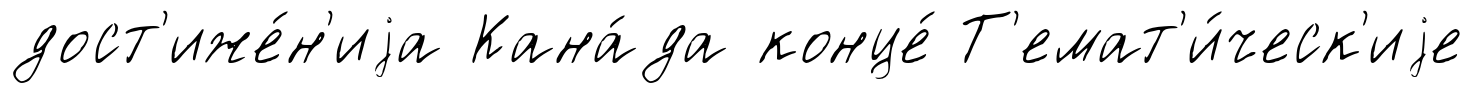
дост'иже́н'иjа Кана́да конце́ Т'емат'и́ческ'иjе